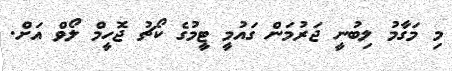
މި މަގާމު ލިބުނީ ޖަރުމަން ގައުމީ ޓީމުގެ ކޯޗު ޖޮހީމް ލޯވް އަށް.